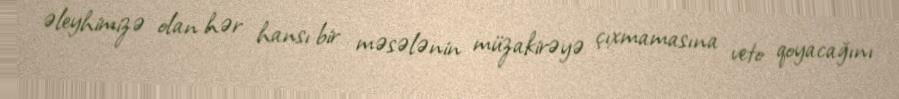
əleyhimizə olan hər hansı bir məsələnin müzakirəyə çıxmamasına veto qoyacağını